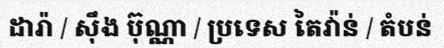
ដារ៉ា / ស៊ឹង ប៊ុណ្ណា / ប្រទេស តៃវ៉ាន់ / តំបន់